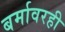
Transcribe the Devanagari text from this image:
बर्मावरही